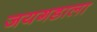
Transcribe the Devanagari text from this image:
जयगडाला